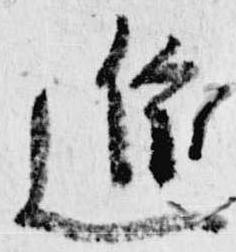
進